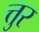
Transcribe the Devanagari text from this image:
त्तुर